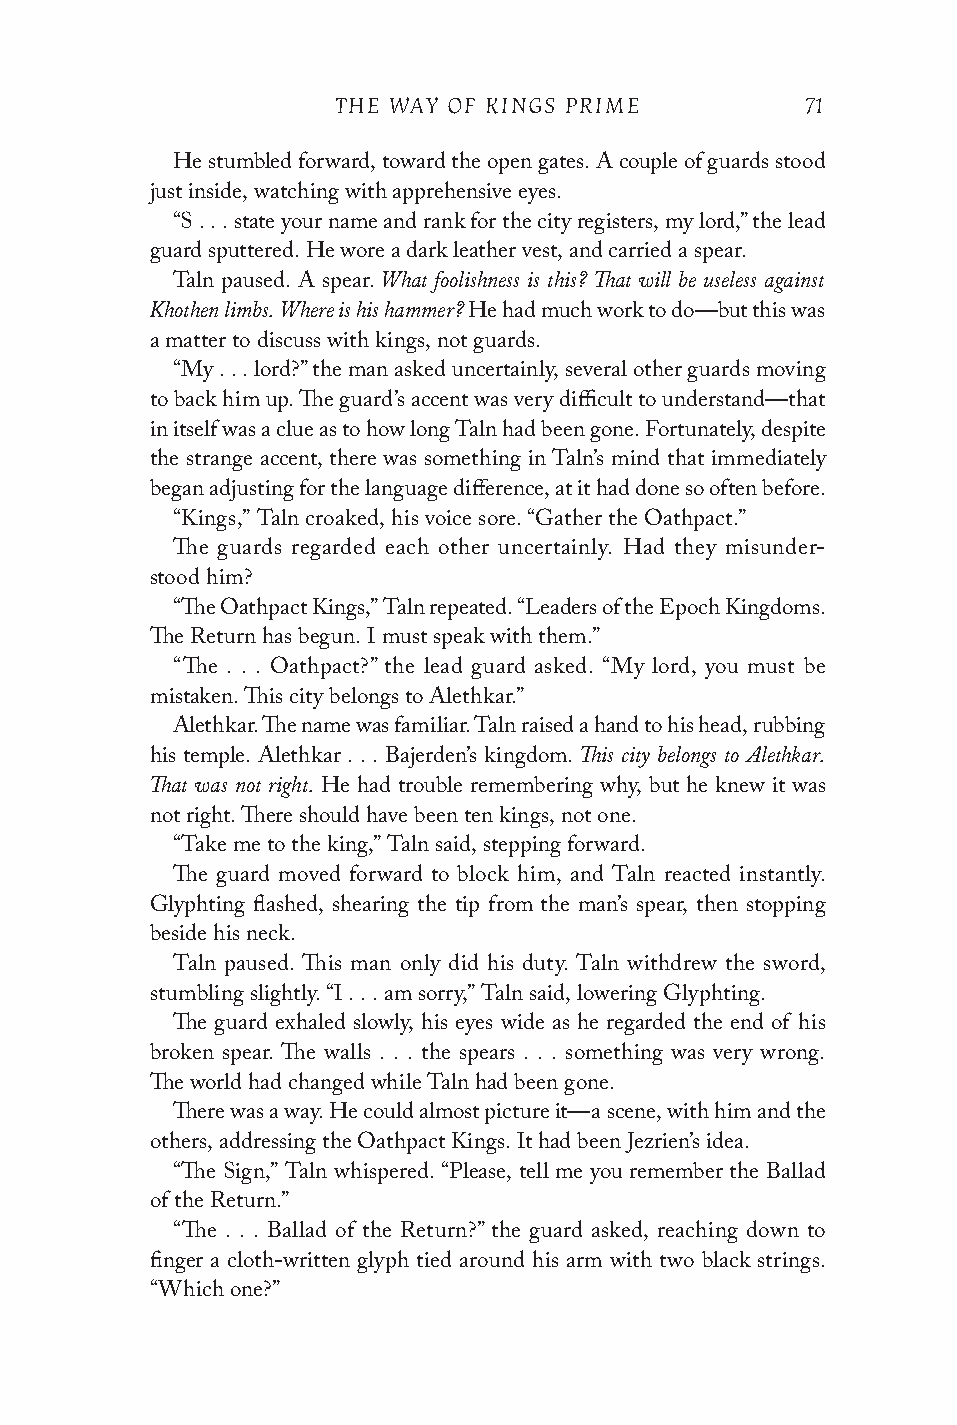
THE WAY OF KINGS PRIME         71
 He stumbled forward, toward the open gates. A couple of guards stood
 just inside, watching with apprehensive eyes.
 “S . . . state your name and rank for the city registers, my lord,” the lead
 guard sputtered. He wore a dark leather vest, and carried a spear.
 What foolishness is this? That will be useless against
 Taln paused. A spear.
 Khothen limbs. Where is his hammer?
 He had much work to do—but this was
 a matter to discuss with kings, not guards.
 “My . . . lord?” the man asked uncertainly, several other guards moving
 to back him up. The guard’s accent was very difficult to understand—that
 in itself was a clue as to how long Taln had been gone. Fortunately, despite
 the strange accent, there was something in Taln’s mind that immediately
 began adjusting for the language difference, at it had done so often before.
 “Kings,” Taln croaked, his voice sore. “Gather the Oathpact.”
 The guards regarded each other uncertainly. Had they misunder-
 stood him?
 “The Oathpact Kings,” Taln repeated. “Leaders of the Epoch Kingdoms.
 The Return has begun. I must speak with them.”
 “The . . . Oathpact?” the lead guard asked. “My lord, you must be
 mistaken. This city belongs to Alethkar.”
 Alethkar. The name was familiar. Taln raised a hand to his head, rubbing
 This city belongs to Alethkar.
 his temple. Alethkar . . . Bajerden’s kingdom.
 That was not right.
 He had trouble remembering why, but he knew it was
 not right. There should have been ten kings, not one.
 “Take me to the king,” Taln said, stepping forward.
 The guard moved forward to block him, and Taln reacted instantly.
 Glyphting flashed, shearing the tip from the man’s spear, then stopping
 beside his neck.
 Taln paused. This man only did his duty. Taln withdrew the sword,
 stumbling slightly. “I . . . am sorry,” Taln said, lowering Glyphting.
 The guard exhaled slowly, his eyes wide as he regarded the end of his
 broken spear. The walls . . . the spears . . . something was very wrong.
 The world had changed while Taln had been gone.
 There was a way. He could almost picture it—a scene, with him and the
 others, addressing the Oathpact Kings. It had been Jezrien’s idea.
 “The Sign,” Taln whispered. “Please, tell me you remember the Ballad
 of the Return.”
 “The . . . Ballad of the Return?” the guard asked, reaching down to
 finger a cloth-written glyph tied around his arm with two black strings.
 “Which one?”